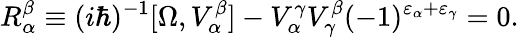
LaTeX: R_{\alpha}^{\beta}\equiv(i\hbar)^{-1}[\Omega,V_{\alpha}^{\beta}]-V_{\alpha}^{\gamma}V_{\gamma}^{\beta}(-1)^{\varepsilon_{\alpha}+\varepsilon_{\gamma}}=0.